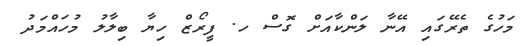
މަހުގެ ތެރޭގައި އޭނާ ލަންކާއަށް ގޮސް ހ. ފީރޯޒް ހިޔާ ބިލާލު މުހައްމަދު